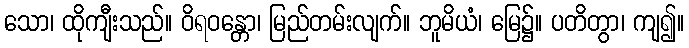
သော၊ ထိုကျီးသည်။ ဝိရဝန္တော၊ မြည်တမ်းလျက်။ ဘူမိယံ၊ မြေ၌။ ပတိတွာ၊ ကျ၍။